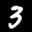
Label: 3